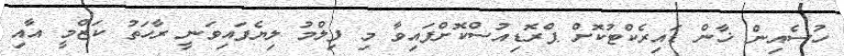
ހުސެއިން ޚާން ޑައިރެކްޓުކޮށް ޕްރޮޑިއުސްކޮށްފައިވާ މި ފިލްމު ލިޔެފައިވަނީ ރާހަތު ކަޒްމީ އާއި